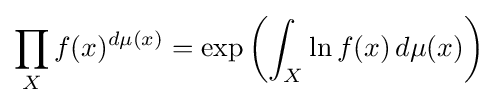
\prod _{X}f(x)^{d\mu (x)}=\exp \left(\int _{X}\ln f(x)\,d\mu (x)\right)